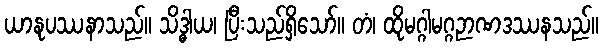
ယာနုပဿနာသည်။ သိဒ္ဓါယ၊ ပြီးသည်ရှိသော်။ တံ၊ ထိုမဂ္ဂါမဂ္ဂဉာဏဒဿနသည်။